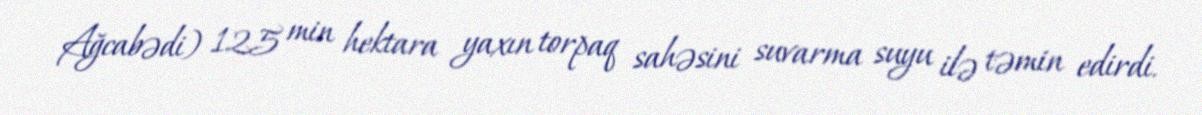
Ağcabədi) 125 min hektara yaxın torpaq sahəsini suvarma suyu ilə təmin edirdi.